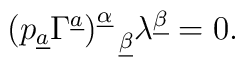
(p_{\underline a}\Gamma^{\underline a})^{\underline\alpha}_{~~\underline\beta}\lambda^{\underline\beta}=0.